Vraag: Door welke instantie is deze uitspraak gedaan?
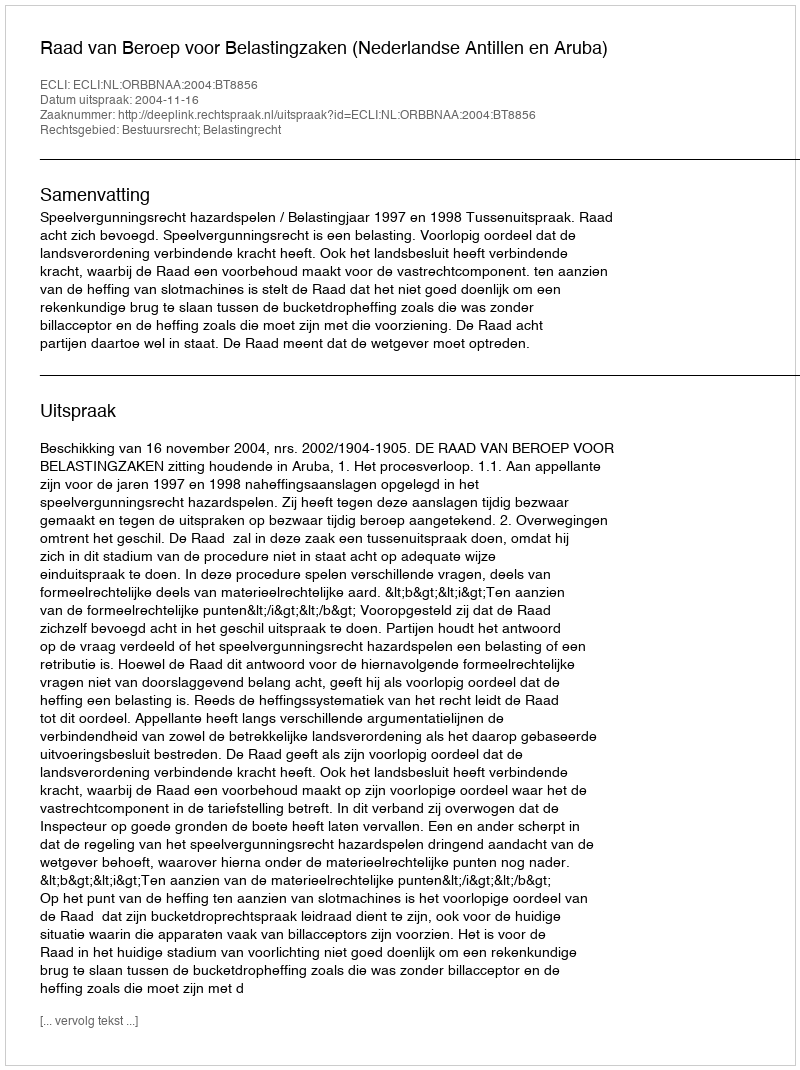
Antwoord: Raad van Beroep voor Belastingzaken (Nederlandse Antillen en Aruba)